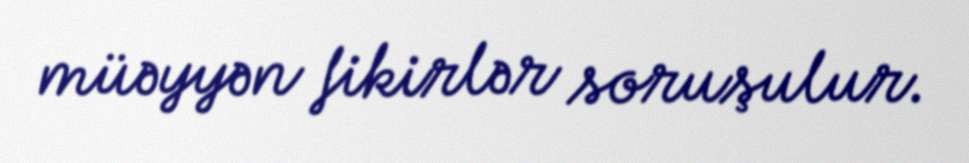
müəyyən fikirlər soruşulur.